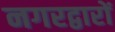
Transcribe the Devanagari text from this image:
नगरद्वारों